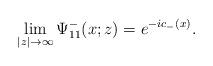
LaTeX: \begin{align*}\lim_{|z|\rightarrow\infty}\Psi^-_{11}(x;z)= e^{-ic_-(x)}. \end{align*}